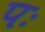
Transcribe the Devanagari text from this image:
पः